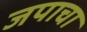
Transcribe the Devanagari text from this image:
जपाचा